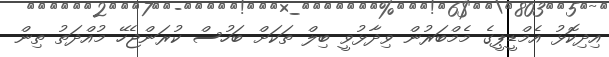
އިދިކޮޅު އެމްޑީޕީގެ މެމްބަރުން ވިދާޅުވީ ބިލް ތަކަށް ބަހުސް ކުރަންޖެހޭ މުއްދަތު ތިން